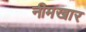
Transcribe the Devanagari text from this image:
नीमखार